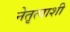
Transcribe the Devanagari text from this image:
नेतृत्वाशी